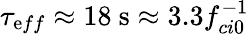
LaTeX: \tau_{\mathrm{e}ff}\approx18~\mathrm{{s}}\approx3.3f_{ci0}^{-1}